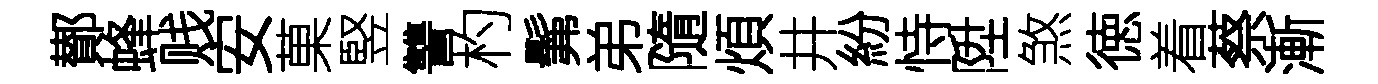
鄼蜂贱安菓竪讐杓髴弟隨煩井紛恃陞煞徳着蔡漸